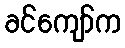
ခင်ကျော်က